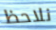
نلاحظ